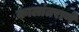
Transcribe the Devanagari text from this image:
कालांतराणे